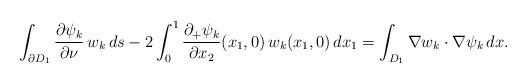
LaTeX: \begin{align*} \int_{\partial D_1} \dfrac{\partial \psi_k}{\partial \nu}\,w_k\,ds - 2\int_0^1 \dfrac{\partial_+ \psi_k}{\partial x_2}(x_1,0)\,w_k (x_1,0)\,dx_1 = \int_{D_1} \nabla w_k \cdot \nabla \psi_k\,dx.\end{align*}